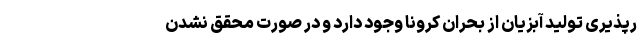
رپذیری تولید آبزیان از بحران کرونا وجود دارد و در صورت محقق نشدن